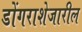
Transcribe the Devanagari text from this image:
डोंगराशेजारील